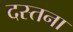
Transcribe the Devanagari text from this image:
दस्तना